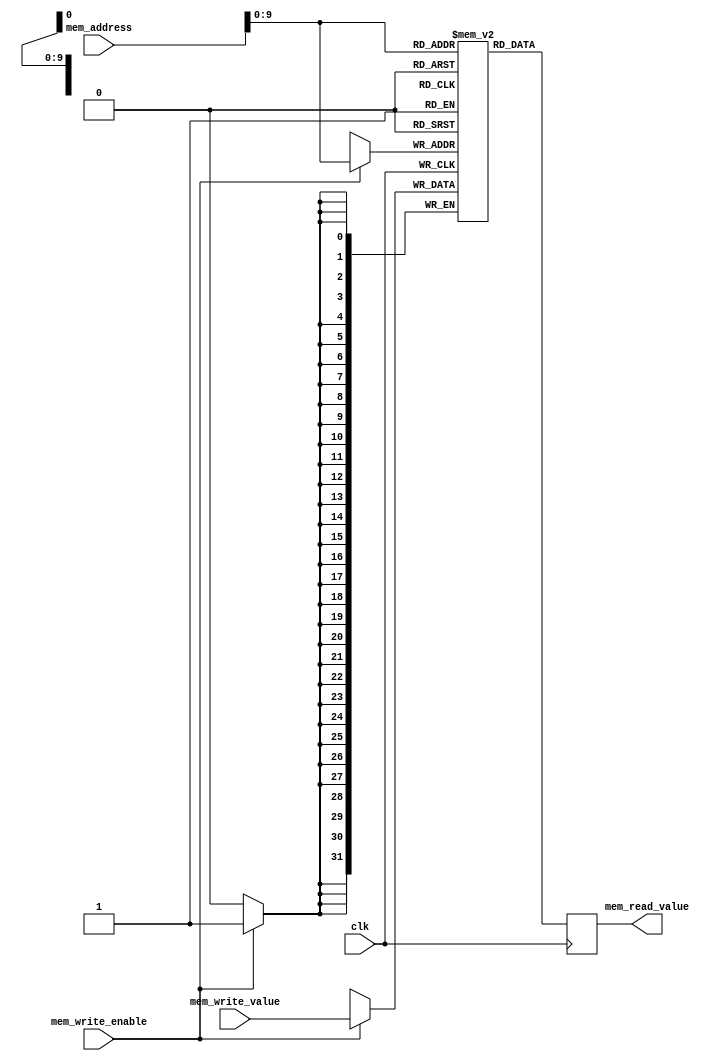
module memory(

           input 						clk,

           input      [ 19 : 0 ] 	mem_address,				/* Address to read / write */

           input 	  [ 31 : 0 ] 	mem_write_value,			/* Value to write if enabled  */

           input 						mem_write_enable,			/* Flag enabling sequential write */

           output reg [ 31 : 0 ] 	mem_read_value				/* Output from sequential read */

       );

/* 32-bit WORD count of our block RAM */
parameter MEM_SIZE = 1024;


/* Declare our memory as an array of 32-bit words */
reg [ 31 : 0 ] memory[ 0 : ( MEM_SIZE-1 ) ];

/* Initialise our block RAM */
integer i;

initial begin

    for ( i = 0; i < MEM_SIZE; i = i + 1 )
        memory[i] <= 0;

    /*
    Initialize our calculator programme

    $1 : buttons
    $2 : switches
    $3 : accum
    $4 : btn_ctr
    $5 : branch_chk	
    $8 : ctr_max
    */

    /* Initialize ctr_max */
    memory[ 20'h00000 ] <= 32'h1800ffff; // addi $8, $0, 0xffff
    memory[ 20'h00001 ] <= 32'h1880ffff; // addi $8, $8, 0xffff

    /* Read buttons */
    memory[ 20'h00002 ] <= 32'h81001001; // lw $1 <= mem[0x0 + 0x1001]

    /* if ( btns == 0 ) btn_ctr = 0 */
    memory[ 20'h00003 ] <= 32'ha0100001; // beqz $1, 0x2

    /* Iterate btn_ctr */
    memory[ 20'h00004 ] <= 32'h14400001; // addi $4, $4, 0x1

    /* Skip reset */
    memory[ 20'h00005 ] <= 32'h40000007; // J : PC <= 7

    /* Reset btn_ctr */
    memory[ 20'h00006 ] <= 32'h14000000; // addi $4, $0, 0x0

    /* Check btn_ctr against ctr_max */
    memory[ 20'h00007 ] <= 32'h054f0008; // xor $5, $4, $8

    /* if ( btn_ctr_chk == 0 ) skip loop */
    memory[ 20'h00008 ] <= 32'ha0500001; // beqz $5, 0x1

    /* Loop to start */
    memory[ 20'h00009 ] <= 32'h40000000; // J : PC <= 0x0

    /* Reset ctr for next loop */
    memory[ 20'h0000a ] <= 32'h14000000; // addi $4, $0, 0x0

    /* Read switches */
    memory[ 20'h0000b ] <= 32'h82001000; // lw $2 <= mem[0x0 + 0x1000]

    /* Read accum */
    memory[ 20'h0000c ] <= 32'h83001002; // lw $3 <= mem[0x0 + 0x1002]

    /* Reset operation */
    memory[ 20'h0000d ] <= 32'h151f0001; // xor $5, $1, 0x1
    memory[ 20'h0000e ] <= 32'hb0500001; // bnez $5, 0x1
    memory[ 20'h0000f ] <= 32'h13000000; // addi $1, $0, 0x0

    /* Addition operation */
    memory[ 20'h00010 ] <= 32'h151f0008; // xor $5, $1, 0x8
    memory[ 20'h00011 ] <= 32'hb0500001; // bnez $5, 0x1
    memory[ 20'h00012 ] <= 32'h03200003; // add $3, $2, $3

    /* Subtraction operation */
    memory[ 20'h00013 ] <= 32'h151f0004; // xor $5, $1, 0x4
    memory[ 20'h00014 ] <= 32'hb0500001; // bnez $5, 0x1
    memory[ 20'h00015 ] <= 32'h03320002; // sub $3, $3, $2

    /* Multiplication operation */
    memory[ 20'h00016 ] <= 32'h151f0002; // xor $5, $1, 0x2
    memory[ 20'h00017 ] <= 32'hb0500001; // bnez $5, 0x1
    memory[ 20'h00018 ] <= 32'h03350002; // mult $3, $3, $2

    /* Store result of operation to accum */
    memory[ 20'h00019 ] <= 32'h93001002; // sw $3, 1002($0)

    /* Loop to start */
    memory[ 20'h0001a ] <= 32'h40000000; // J : PC <= 0x0

end // initial

/* Sequential read / write */
always @ ( posedge clk ) begin

    /* Write */
    if( mem_write_enable ) begin

        memory[ mem_address ] <= mem_write_value;

    end

    /* Read */
    mem_read_value <= memory[ mem_address ];

end // @( posedge clk )


endmodule